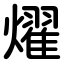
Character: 燿